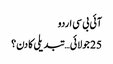
آئی بی سی اردو
25 جولائی… تبدیلی کا دن؟